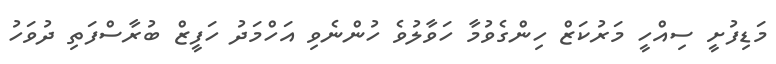
މަޑިފުށީ ސިއްހީ މަރުކަޒް ހިންގެވުމާ ހަވާލުވެ ހުންނެވި އަހްމަދު ހަފީޒް ބުރާސްފަތި ދުވަހު